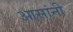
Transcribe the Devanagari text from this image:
आसांनी